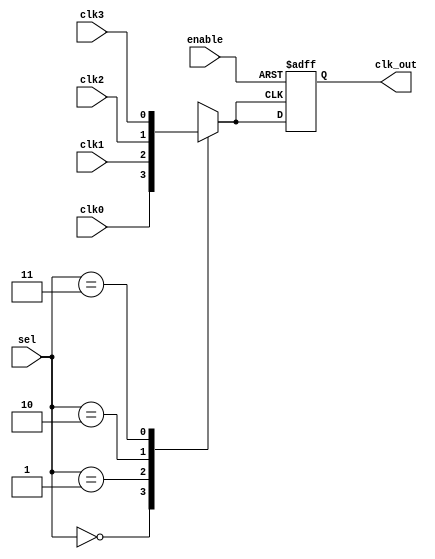
module clk_mux_buffer (
    input wire clk0,        // Clock input 0
    input wire clk1,        // Clock input 1
    input wire clk2,        // Clock input 2
    input wire clk3,        // Clock input 3
    input wire [1:0] sel,   // Selection input (2-bit for 4 clocks)
    input wire enable,      // Enable signal
    output reg clk_out      // Buffered output clock
);

    reg clk_buf;            // Internal buffered clock

    // Clock Selection and Buffering
    always @(*) begin
        case (sel)
            2'b00: clk_buf = clk0; // Select clock 0
            2'b01: clk_buf = clk1; // Select clock 1
            2'b10: clk_buf = clk2; // Select clock 2
            2'b11: clk_buf = clk3; // Select clock 3
            default: clk_buf = 1'b0; // Default case (safe state)
        endcase
    end

    // Output clock control with enable
    always @(posedge clk_buf or negedge enable) begin
        if (!enable) begin
            clk_out <= 1'bz; // High impedance state when disabled
        end else begin
            clk_out <= clk_buf; // Buffer the selected clock
        end
    end

endmodule